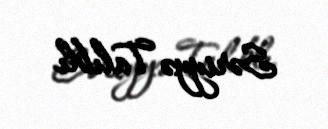
Səriyyə Talıblı